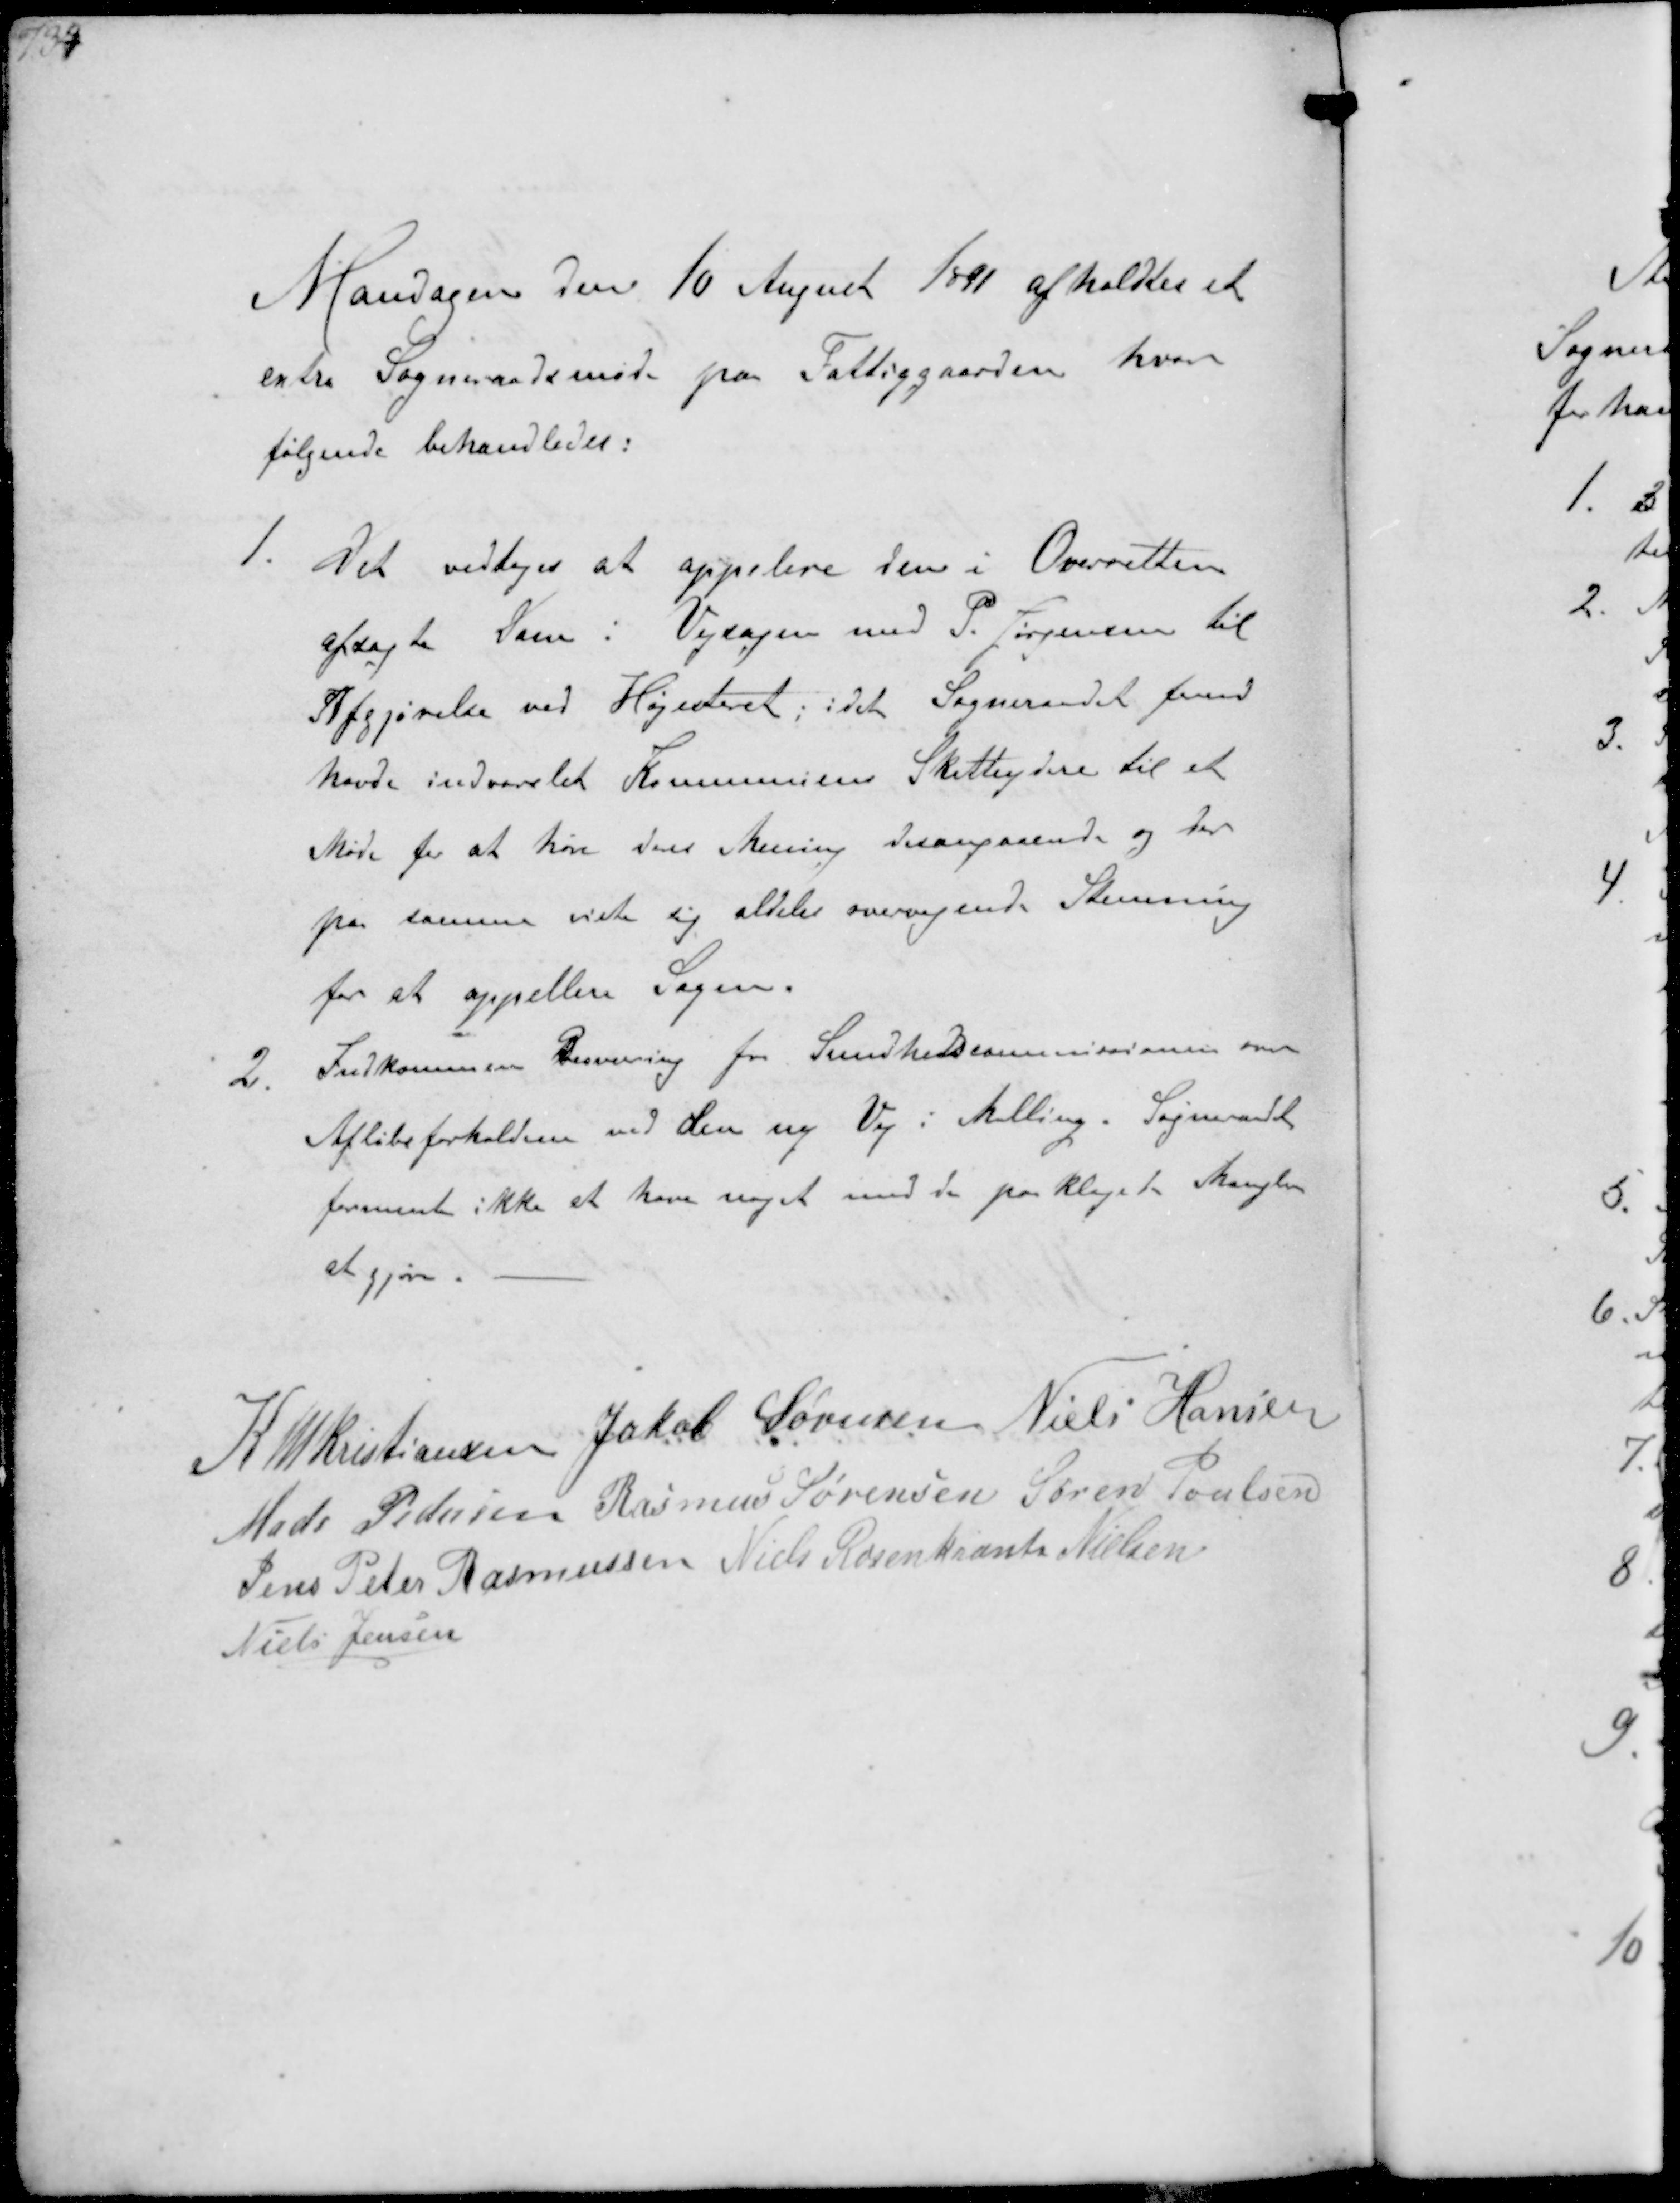
Transskription:
Mandagen den 10 August 1891 afholdtes et
extra Sogneraadsmøde paa Fattiggaarden hvor
følgende behandledes:
1. Det vedtoges at appelere den i Overretten
afsagte Dom i Vejsagen med P Jørgensen til
Afgjørelse ved Højesteret, idet Sogneraadet forud
havde indvarslet Kommunens Skatteydere til et
Møde for at høre deres Mering desangaaende og der
paa samme viste sig aldeles overvejende Stemning
tor at appellere Sagen.
2
Indkommen Besværing fra Sundhedskommissionen om
Afløbsforholdene ved den ny Vej i Malling. Sogneraadet
formente ikke at have noget med de paa Klagen to Mangler
at gjøre

K N M Kristiansen Jakob Sørensen Niels Hansen
Mads Pedersen Rasmus Sørensen Søren Poulsen
Jens Peter Rasmussen Niels Rosenkrands Nielsen
Niels Jensen